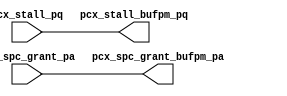
module pcx_buf_pm(/*AUTOARG*/
   // Outputs
   pcx_spc_grant_bufpm_pa, pcx_stall_bufpm_pq, 
   // Inputs
   pcx_spc_grant_pa, pcx_stall_pq
   );

   output [4:0]		pcx_spc_grant_bufpm_pa;
   output               pcx_stall_bufpm_pq;
   
   input [4:0]		pcx_spc_grant_pa;
   input                pcx_stall_pq;
   
   assign               pcx_spc_grant_bufpm_pa     =        pcx_spc_grant_pa;
   assign               pcx_stall_bufpm_pq         =        pcx_stall_pq;

endmodule